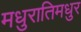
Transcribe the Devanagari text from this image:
मधुरातिमधुर